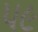
૫૯